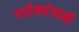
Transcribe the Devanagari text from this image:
गार्डनपंजाबी